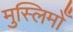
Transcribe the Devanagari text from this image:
मुस्लिमोँ